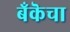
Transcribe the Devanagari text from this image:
बँकॆचा